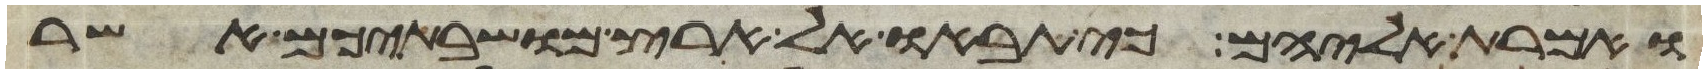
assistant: ואמרת אליהם כי תבאו אל ארץ מושבתיכם אשר